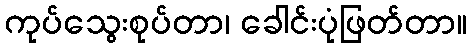
ကုပ်သွေးစုပ်တာ၊ ခေါင်းပုံဖြတ်တာ။